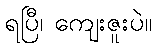
ရပြီ၊ ကျေးဇူးပဲ။